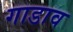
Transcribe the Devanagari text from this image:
गाडाव